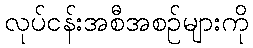
လုပ်ငန်းအစီအစဉ်များကို